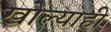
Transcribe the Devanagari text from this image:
खोल्याही